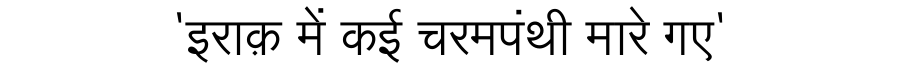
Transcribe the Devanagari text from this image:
'इराक़ में कई चरमपंथी मारे गए'